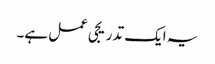
یہ ایک تدریجی عمل ہے۔